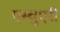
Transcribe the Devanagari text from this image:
एस्चुएरी